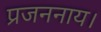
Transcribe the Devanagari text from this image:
प्रजननाय।